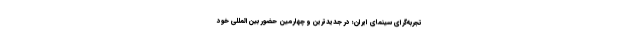
تجربه‌گرای سینمای ایران؛ در جدیدترین و چهارمین حضور بین‌المللی خود